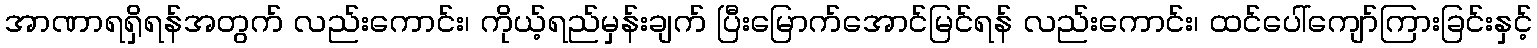
အာဏာရရှိရန်အတွက် လည်းကောင်း၊ ကိုယ့်ရည်မှန်းချက် ပြီးမြောက်အောင်မြင်ရန် လည်းကောင်း၊ ထင်ပေါ်ကျော်ကြားခြင်းနှင့်